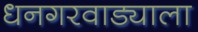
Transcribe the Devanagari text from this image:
धनगरवाड्याला